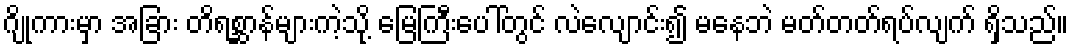
ဂျိုကားမှာ အခြား တိရစ္ဆာန်များကဲ့သို့ မြေကြီးပေါ်တွင် လဲလျောင်း၍ မနေဘဲ မတ်တတ်ရပ်လျက် ရှိသည်။